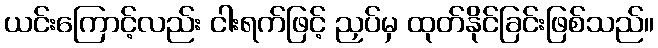
ယင်းကြောင့်လည်း ငါးရက်ဖြင့် ညှပ်မှ ထုတ်နိုင်ခြင်းဖြစ်သည်။